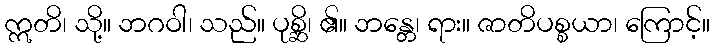
ဣတိ၊ သို့။ ဘဂဝါ၊ သည်။ ပုစ္ဆိ၊ ၏။ ဘန္တေ၊ ရား။ ဇာတိပစ္စယာ၊ ကြောင့်။